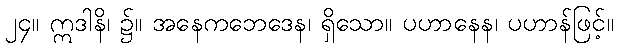
၂၄။ ဣဒါနိ၊ ၌။ အနေကဘေဒေန၊ ရှိသော။ ပဟာနေန၊ ပဟာန်ဖြင့်။